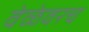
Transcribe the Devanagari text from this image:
वेळेवरच